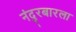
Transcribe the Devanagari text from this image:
नंदुरबारला